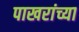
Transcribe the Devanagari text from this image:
पाखरांच्या